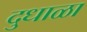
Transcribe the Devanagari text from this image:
दुधाळा